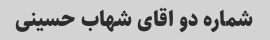
شماره دو اقای شهاب حسینی